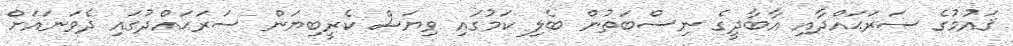
ޤައުމުގެ ސަރަޙައްދާއި އާބާދީގެ ނިސްބަތުން ބެލި ކަމުގައި ވިޔަސް ކެރީބިޔަން ސަރަޙައްދުގައި ދެވަނައަށް